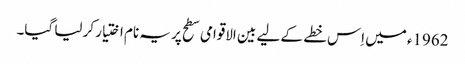
1962ء میں اِس خطے کے لیے بین الاقوامی سطح پر یہ نام اختیار کر لیا گیا۔